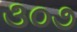
૩૦૭